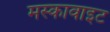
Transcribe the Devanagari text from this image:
मस्कावाइट